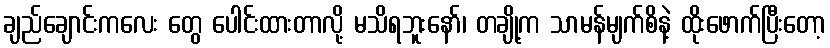
ချည်ချောင်းကလေး တွေ ပေါင်းထားတာလို့ မသိရဘူးနော်၊ တချို့က သာမန်မျက်စိနဲ့ ထိုးဖောက်ပြီးတော့